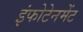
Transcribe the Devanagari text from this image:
इंफोटेनमेंट